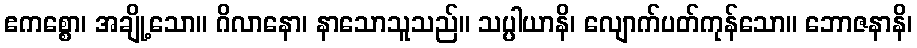
ဧကစ္စော၊ အချို့သော။ ဂိလာနော၊ နာသောသူသည်။ သပ္ပါယာနိ၊ လျောက်ပတ်ကုန်သော။ ဘောဇနာနိ၊